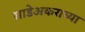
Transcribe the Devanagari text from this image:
साडेअकराच्या